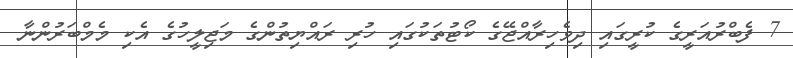
7 ފެބްރުއަރީގެ ކުރީގައި ދިވެހިރާއްޖޭގެ ކޯޓުތަކުގައި ހުރި ރައްޔިތުންގެ މަޖިލީހުގެ އެކި މެމްބަރުންނާ